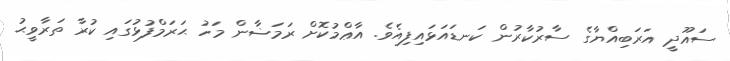
ސައޫދީ އަރަބިއްޔާގެ ސާރުކާރުން ކަނޑައަޅައިފިއެވެ. އާޢްމުކޮށް ރަމަޟާން މަހު ޙަރަމްފުޅުގައި ކުރާ ތަރާވީޙު